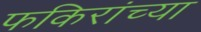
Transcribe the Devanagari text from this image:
फकिरांच्या